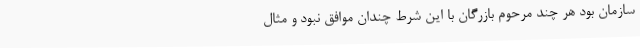
سازمان بود هر چند مرحوم بازرگان با این شرط چندان موافق نبود و مثال